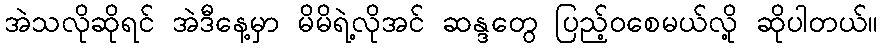
အဲသလိုဆိုရင် အဲဒီနေ့မှာ မိမိရဲ့လိုအင် ဆန္ဒတွေ ပြည့်ဝစေမယ်လို့ ဆိုပါတယ်။